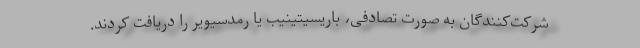
شرکت‌کنندگان به صورت تصادفی، باریسیتینیب یا رمدسیویر را دریافت کردند.